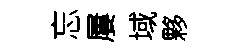
忘屢域夥